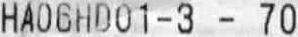
HA06HD01-3 - 70